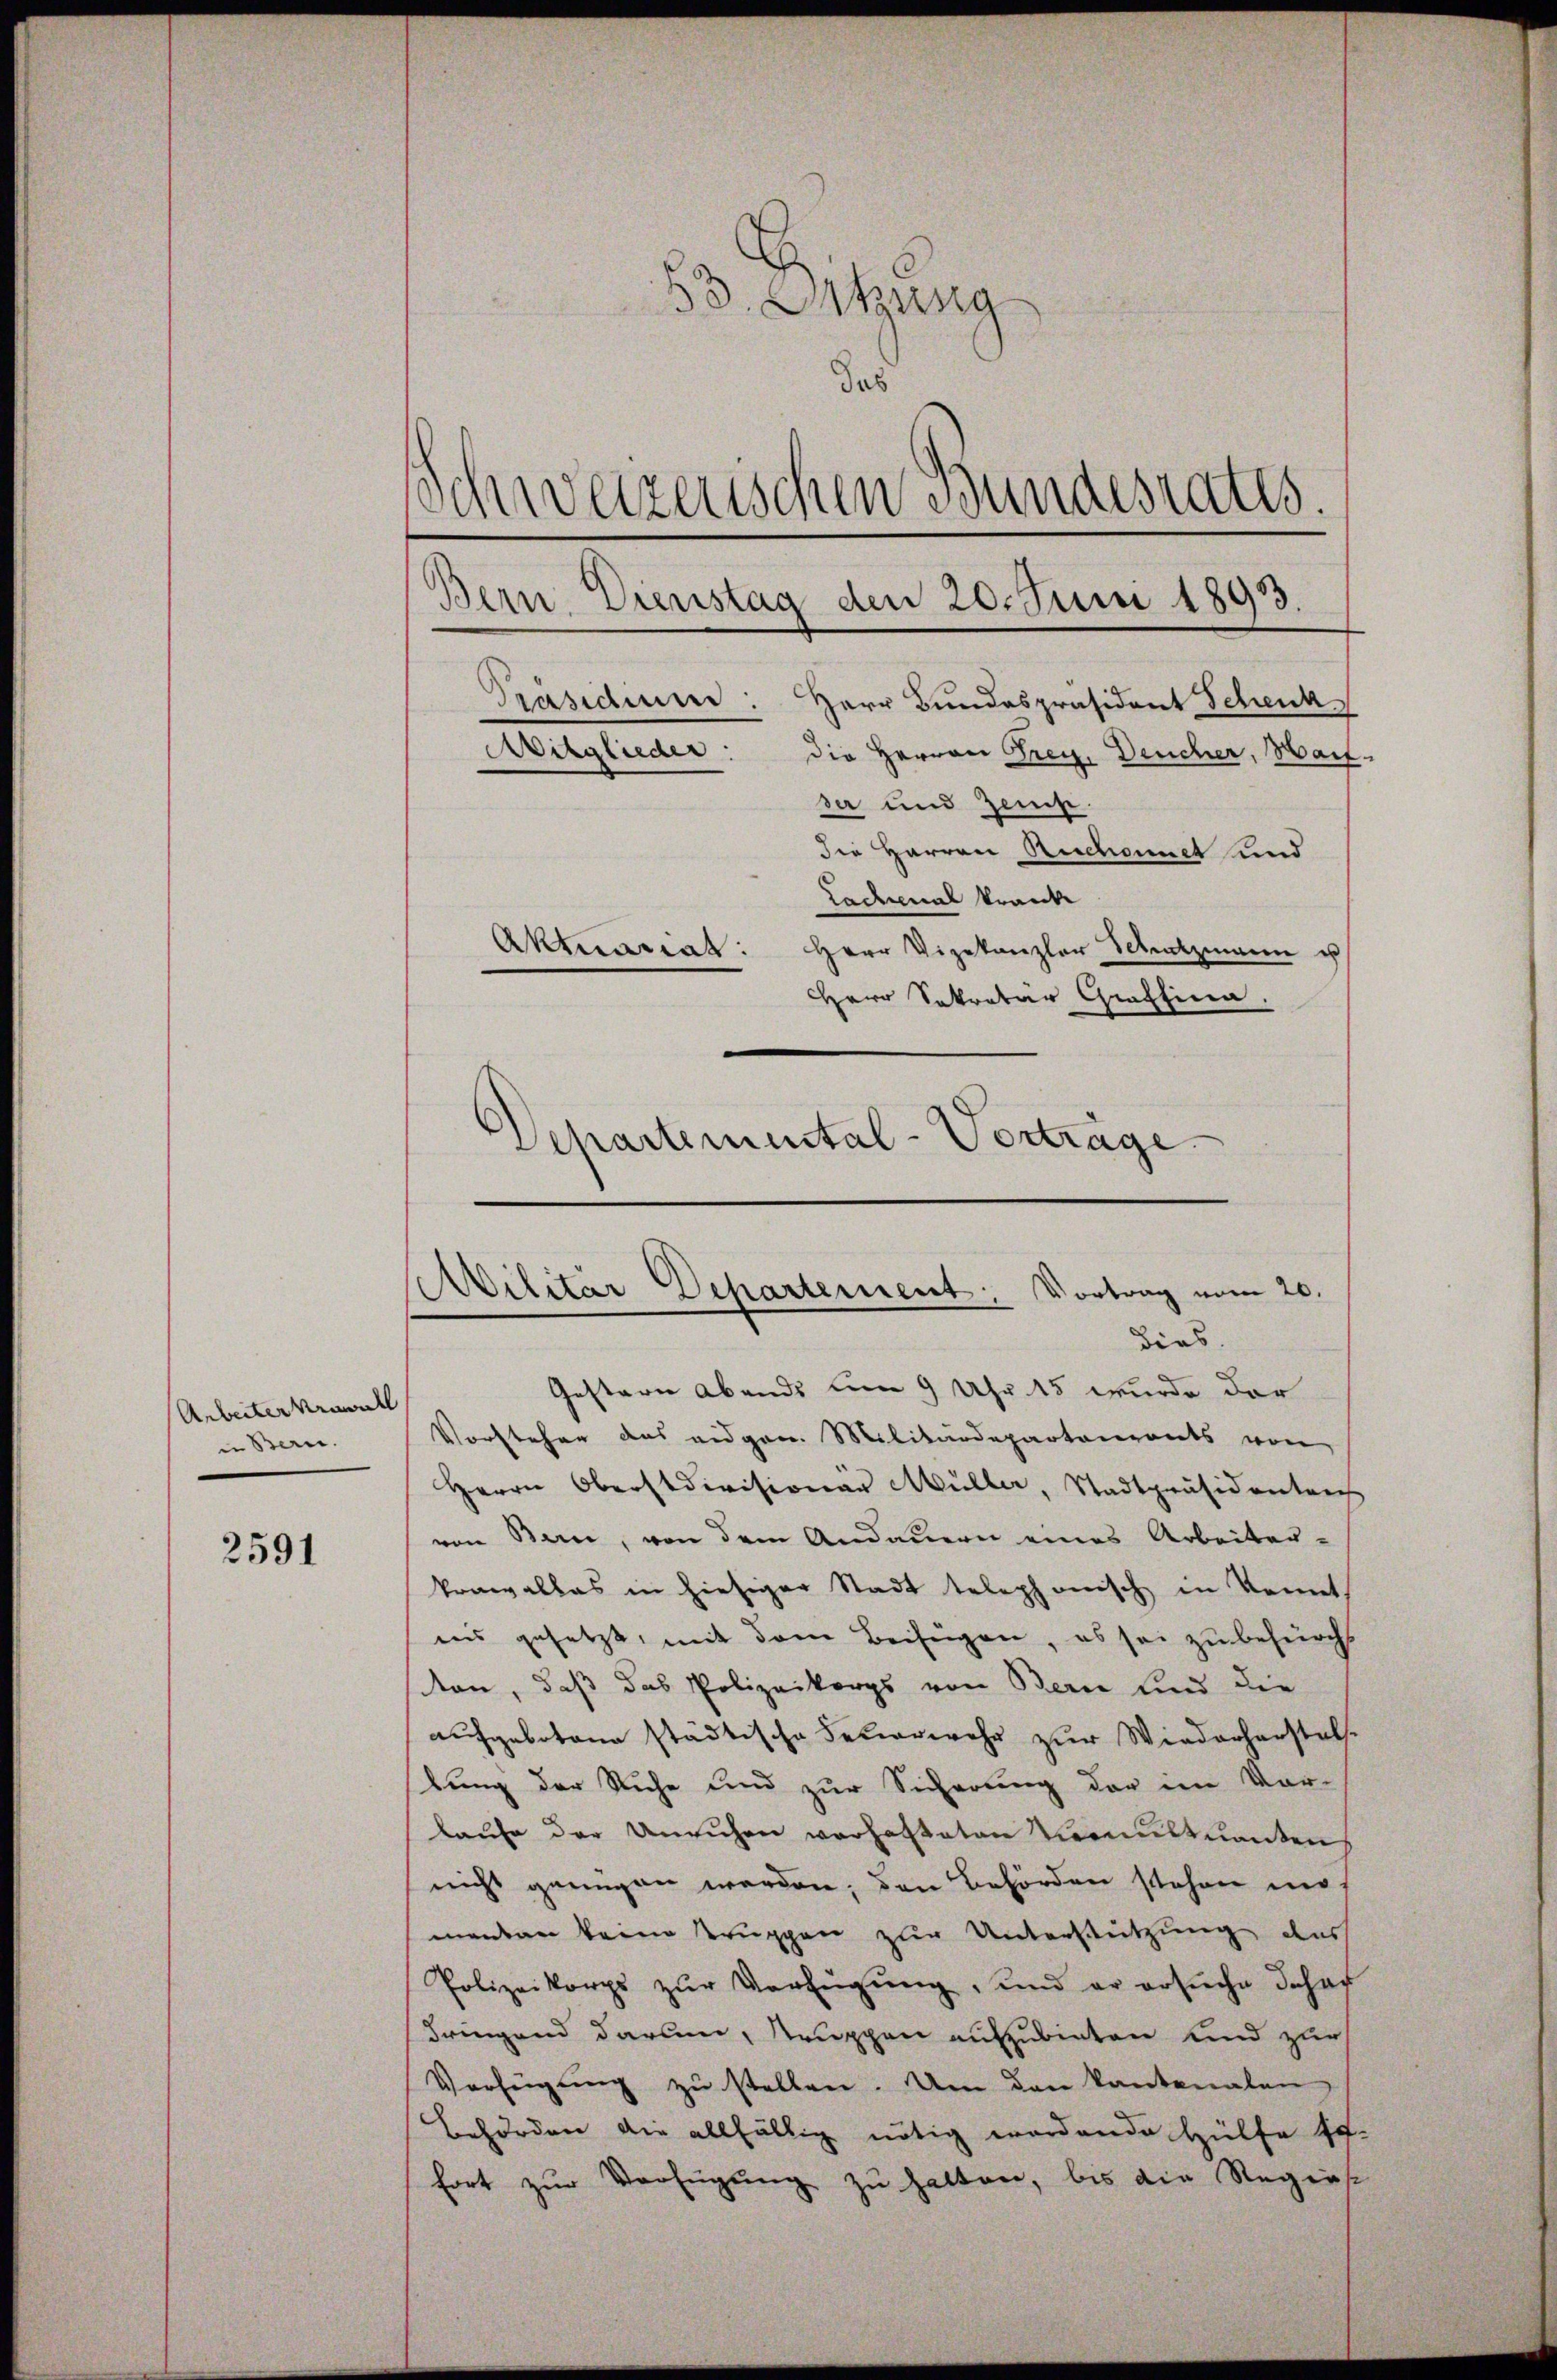
Arbeiterkrawall
in Bern.

2591

83. Sitzung
das
Schweizerischen Bundesrates.

Präsidium: Herr Bundespräsident Schenk
Mitglieder: die Herren Frey. Deucher, Hai-
se und Zeuge.
die Herren Richaet und
Ladenal kranke
Aktienrat: Herr Vizekanzler Schatzmann es
Herr Sekretar Graffina.

Bern Dienstag den 20. Juni 1893.

Avilitär Departement. Vortrag vom 20.
dies.

Gestern Abends um 9 Uhr 15 wurde der
Vorsteher das eidgen. Militärdepartenants von
Herrn Oberstdivisionar Müller, Stadtpräsidentrich
von Bern, von dem Andauern eines Arbeiter-
krawallas in hiesiger Stadt telephonisch in konnt
inns gesetzt, mit dem Beifügen, es sei zu befürcht
ten, daß das Polizeikorps von Berne und die
aufgebotene städtische Feuerwehr zur Wiederherstellung der Ruhe und zur Sicherung der im Vor-
laŭfe der Unruhen verhalteten Venustuanten
nicht genügen werden; den Behörden stehen mi
menden keine Truppen zur Unterstützung das
Polizeikorps zŭr Verfügŭng, und er ersŭche Johan
dringend darum, truppen aufzubieten und zur
Verfügŭng zŭ stellen. Um den kantonalen
Behörden die allfällig nötig wordende Hülfe sch.
fort zur Verfügung zu hatten, bis die Regies

Departemental-Vortrage